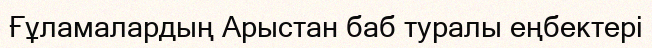
Ғұламалардың Арыстан баб туралы еңбектері